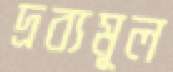
দ্রব্যমূল